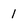
Character: 1